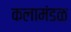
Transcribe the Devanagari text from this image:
कलामंडळ